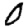
Digit: 0